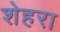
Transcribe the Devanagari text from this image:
शेहरा